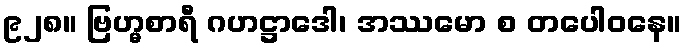
၉၂၈။ ဗြဟ္မစာရီ ဂဟဋ္ဌာဒေါ၊ အဿမော စ တပေါဝနေ။